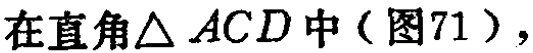
在直角$\triangle ACD$中（图71），